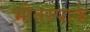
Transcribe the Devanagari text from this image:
भीतरपार्क